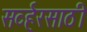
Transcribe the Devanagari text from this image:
सर्व्हरसाठी